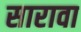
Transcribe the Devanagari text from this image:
सारावा